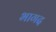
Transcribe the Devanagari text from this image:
भागद